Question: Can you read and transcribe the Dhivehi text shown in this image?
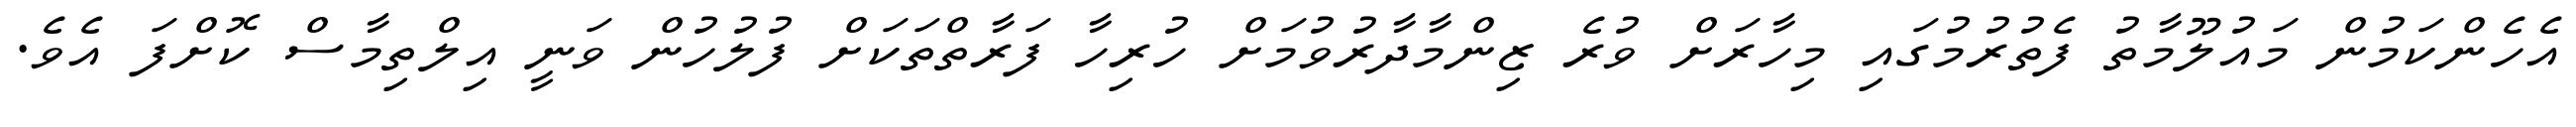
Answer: އެހެންކަމުން މައުލޫމާތު ފެތުރުމުގައި މިހާރަށް ވުރެ ޒިންމާދާރުވުމަށް ހުރިހާ ފަރާތްތަކަށް ފުލުހުން ވަނީ އިލްތިމާސް ކޮށްފަ އެވެ.